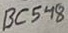
Text: BC548